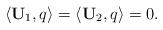
LaTeX: \begin{align*}\langle \mathbf{U}_{1},q\rangle =\langle \mathbf{U}_{2},q\rangle =0.\end{align*}